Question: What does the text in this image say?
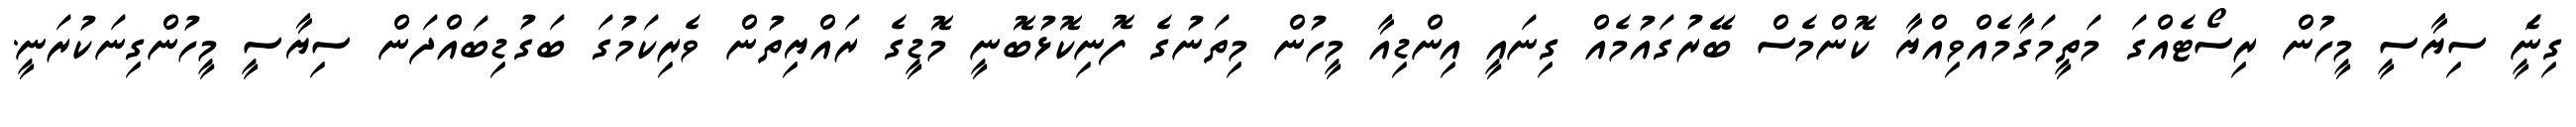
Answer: ގިނަެީ ސިޔާސީ މީހުން ރިސޯޓެއްގަ މަތީމަގާމެއްވިއްޔާ ކޮންމެސް ބޭރުގައުމެއް ގިނައީ އިންޑިއާ މީހުން މިތަނުގެ ފޮނިކޮޅުބޮނީ މޮޑީގެ ރައްޔިތުން ވެރިކަމުގަ ބަގުޑިބައްދަން ސިޔާސީ މީހުންގިނަކުރަނީ.